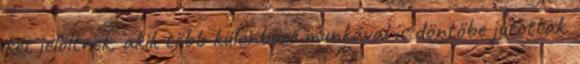
két jelöltnek, akik több különböző munkával is döntőbe jutottak.